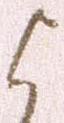
よ